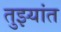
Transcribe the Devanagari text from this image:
तुझ्यांत